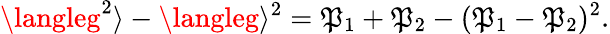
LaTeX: {\langleg^{2}\rangle-\langleg\rangle^{2}=\mathfrak{P}_{1}+\mathfrak{P}_{2}-(\mathfrak{P}_{1}-\mathfrak{P}_{2})^{2}}.